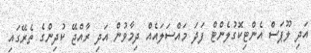
އަދި ލޫޕަސް އެންޓިކޮގުލެންޓް ފަދަ މައްސަލައެއް ދިމާވުން އަދި ރާއްޖޭ ކުދިންގެ ތެރޭގައި